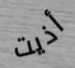
أذيت